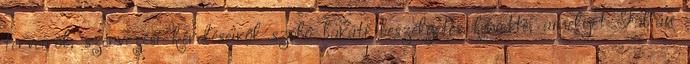
terveiről, szervezési kérdéseiről szóló baráti beszélgetés követte, amelyet Fábián